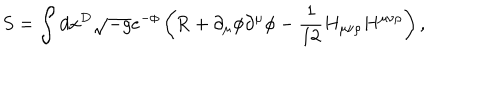
LaTeX: S = \int { d x } ^ { D } \sqrt { - g } e ^ { - \phi } \left( \mathrm { R } + \partial _ { \mu } \phi \partial ^ { \mu } \phi - \frac { 1 } { 1 2 } H _ { \mu \nu \rho } H ^ { \mu \nu \rho } \right) ,